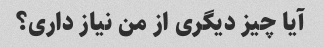
آیا چیز دیگری از من نیاز داری؟